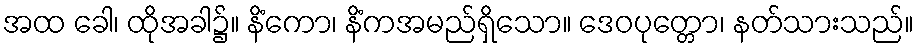
အထ ခေါ၊ ထိုအခါ၌။ နိံကော၊ နိံကအမည်ရှိသော။ ဒေဝပုတ္တော၊ နတ်သားသည်။